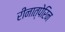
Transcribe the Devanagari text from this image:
रीनात्पेरिन